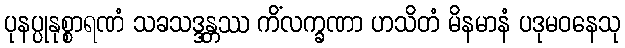
ပုနပ္ပုနုစ္စာရဏံ သခသဒ္ဒန္တဿ ကိံလက္ခဏာ ဟသိတံ မိနမာနံ ပဒုမဝနေသု